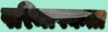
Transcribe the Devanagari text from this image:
परिमापकता